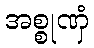
အစ္စုဏှံ